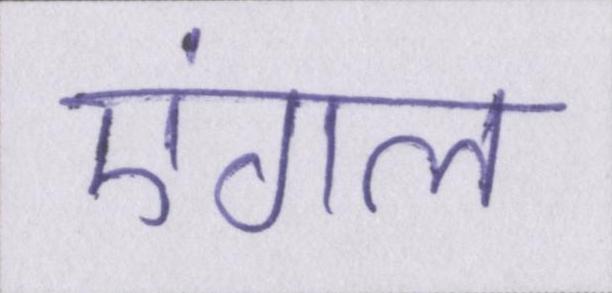
एंगल